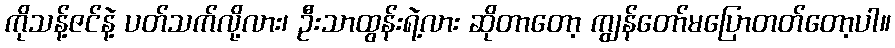
ကိုသန့်ဇင်နဲ့ ပတ်သက်လို့လား၊ ဦးသာထွန်းရဲ့လား ဆိုတာတော့ ကျွန်တော်မပြောတတ်တော့ပါ။